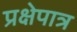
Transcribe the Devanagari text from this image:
प्रक्षेपात्र